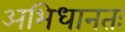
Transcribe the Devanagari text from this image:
अभिधानतः